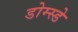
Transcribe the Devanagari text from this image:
डोम्स्डे